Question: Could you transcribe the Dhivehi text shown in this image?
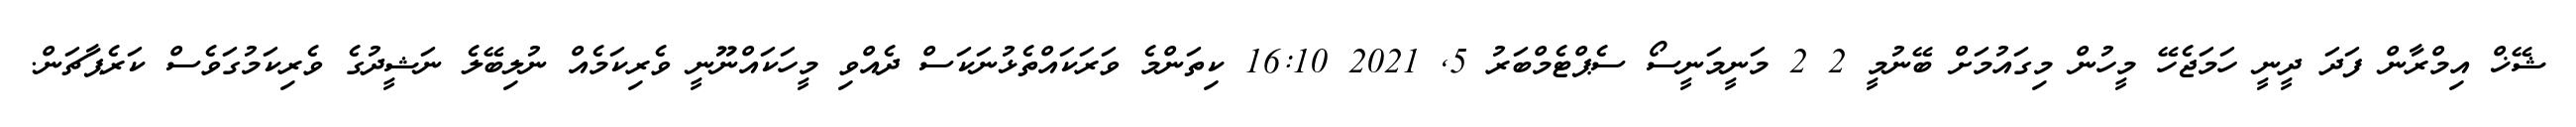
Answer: ޝޭޚް އިމްރާން ފަދަ ދީނީ ހަމަޖެހޭ މީހުން މިގައުމަށް ބޭނުމީ 2 2 މަނީމަނީސޯ ސެޕްޓެމްބަރު 5, 2021 16:10 ކިތަންމެ ވަރަކައްތެޅުނަކަސް ދެއްވި މީހަކައްނޫނީ ވެރިކަމެއް ނުލިބޭލެ ނަޝީދުގެ ވެރިކަމުގަވެސް ކަރެޕާޗަން.